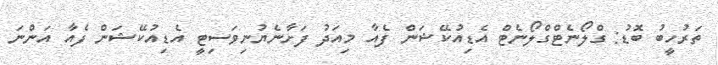
ތަރުހީބު ބޮޑު: ގްލޯނެޓްގްލޯނެޓް އެޑިއުކޭޝަން ފެއާ މިއަދު ފަށާނެޔުނިވަސިޓީ އެޑިއުކޭޝަން ފެއާ އަންނަ